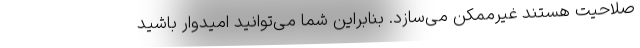
صلاحیت هستند غیرممکن می‌سازد. بنابراین شما می‌توانید امیدوار باشید